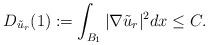
LaTeX: \begin{align*}D_{\tilde{u}_r}(1):=\int_{B_1}|\nabla \tilde{u}_r|^2dx\le C.\end{align*}